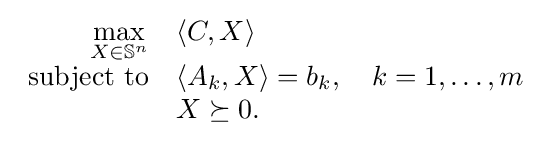
{\begin{array}{rl}{\displaystyle \max _{X\in \mathbb {S} ^{n}}}&\langle C,X\rangle \\{\text{subject to}}&\langle A_{k},X\rangle =b_{k},\quad k=1,\ldots ,m\\&X\succeq 0.\end{array}}